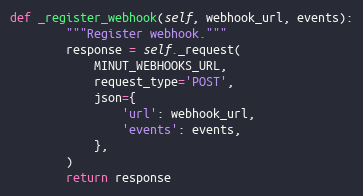
Language: Python
def _register_webhook(self, webhook_url, events):
        """Register webhook."""
        response = self._request(
            MINUT_WEBHOOKS_URL,
            request_type='POST',
            json={
                'url': webhook_url,
                'events': events,
            },
        )
        return response